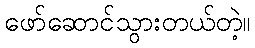
ဖော်ဆောင်သွားတယ်တဲ့။